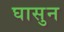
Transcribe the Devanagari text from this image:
घासुन